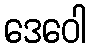
ဒေဝေါ